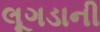
લૂગડાની